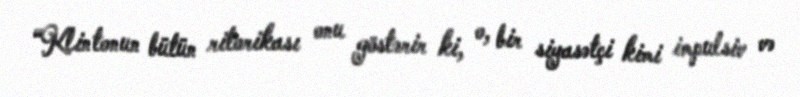
“Klintonun bütün ritorikası onu göstərir ki, o, bir siyasətçi kimi impulsiv və